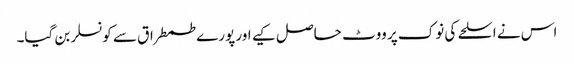
اس نے اسلحے کی نوک پر ووٹ حاصل کیے اور پورے طمطراق سے کونسلر بن گیا۔